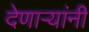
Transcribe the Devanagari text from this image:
देणाऱ्यांनी